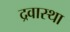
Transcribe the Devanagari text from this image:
द्रवास्था